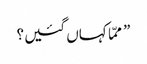
” ممّا کہاں گئیں ؟